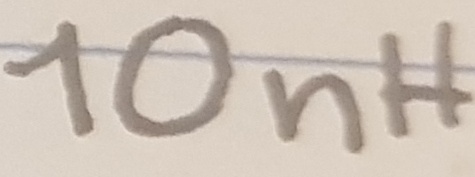
Text: 10nH